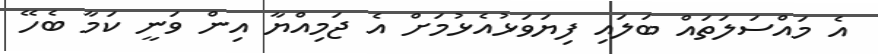
އެ މައްސަލަތައް ބަލައި ފިޔަވަޅުއެޅުމަށް އެ ޖަމިއްޔާ އިން ވަނީ ކަމާ ބެހޭ